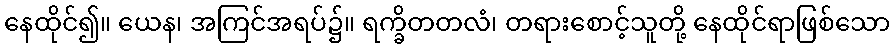
နေထိုင်၍။ ယေန၊ အကြင်အရပ်၌။ ရက္ခိတတလံ၊ တရားစောင့်သူတို့ နေထိုင်ရာဖြစ်သော